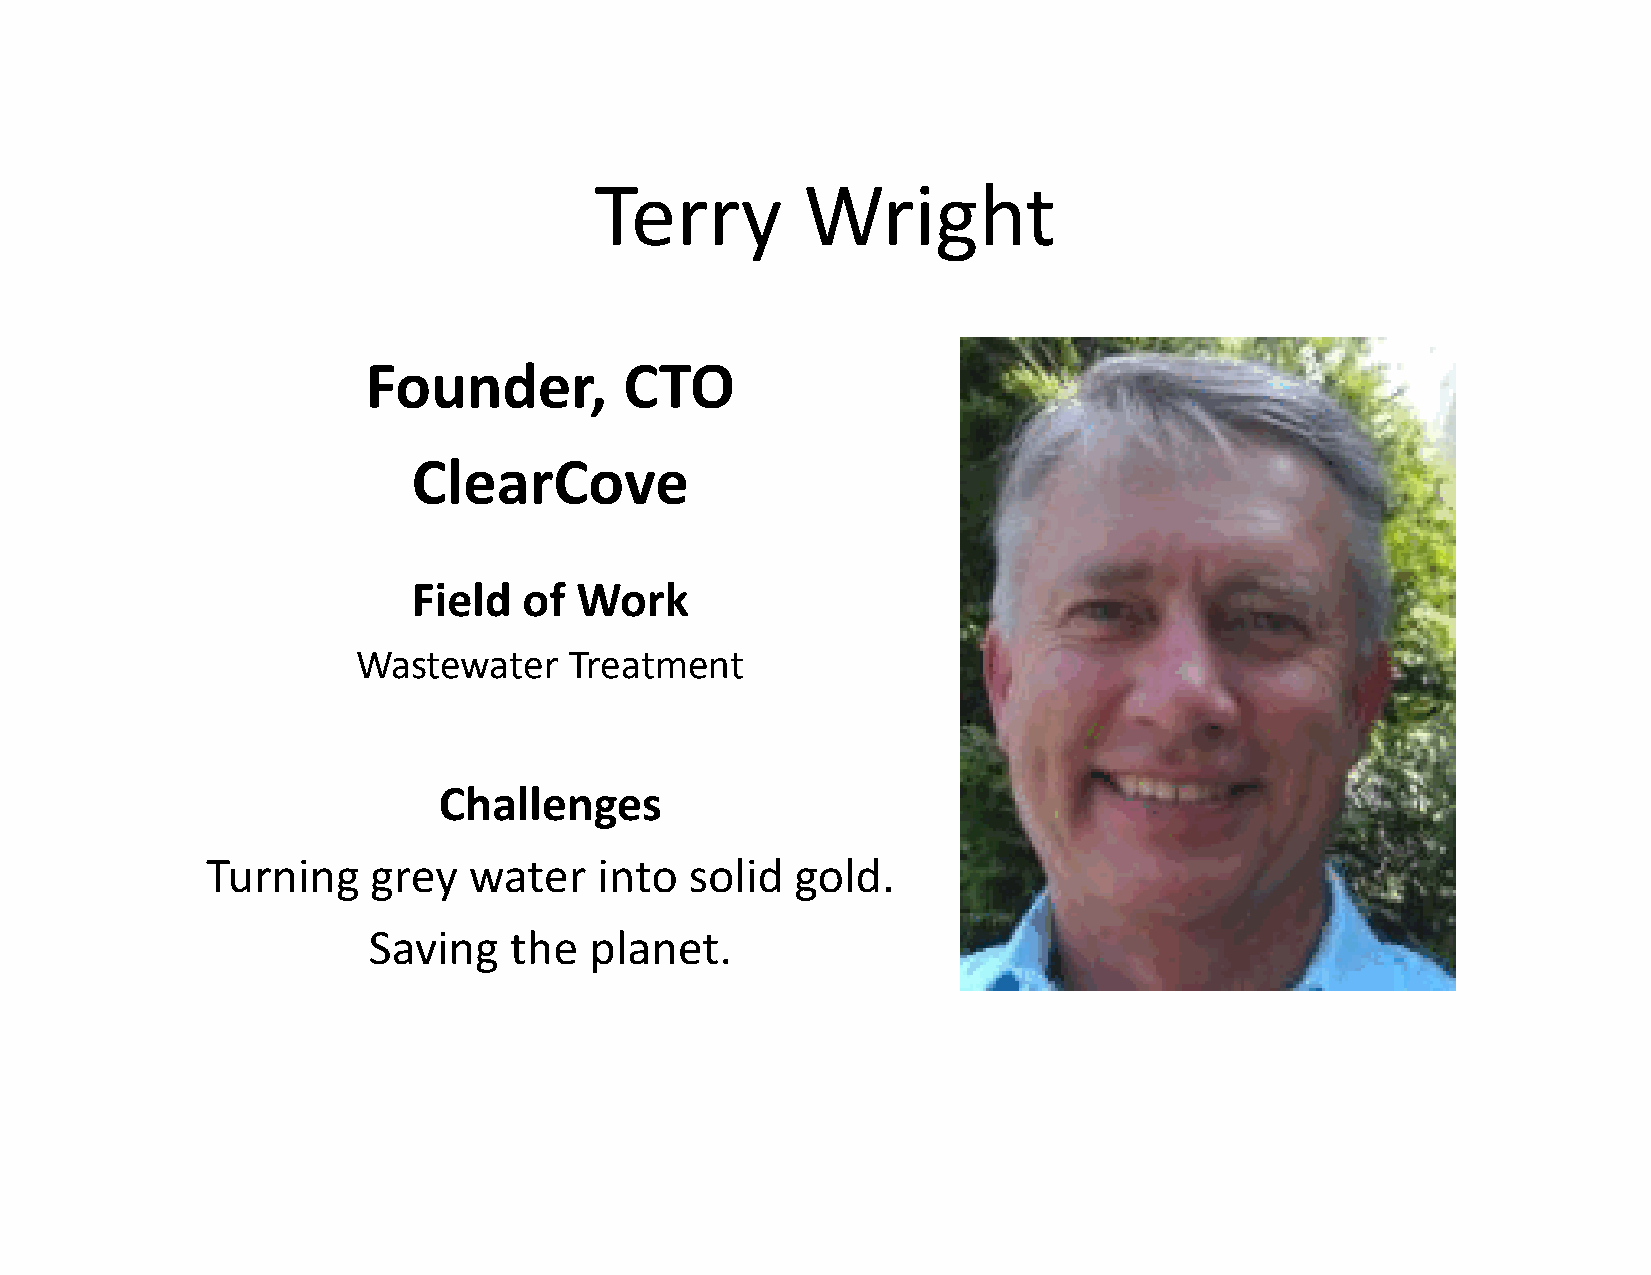
Terry         Wright
 Founder,         CTO
 ClearCove
 Field   of Work
 Wastewater    Treatment
 Challenges
 Turning    grey  water    into  solid  gold.
 Saving    the  planet.